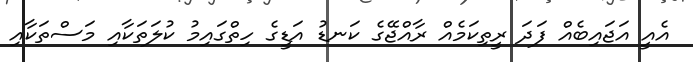
އެއީ އަޖައިބެއް ފަދަ ރީތިކަމެއް ރާއްޖޭގެ ކަނޑު އަޑީގެ ހިތްގައިމު ކުލަތަކާއި މަސްތަކާއި